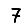
Digit: 7